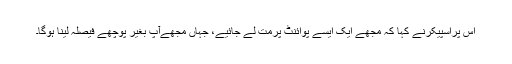
اس پراسپیکرنے کہا کہ مجھے ایک ایسے پوائنٹ پرمت لے جائیے، جہاں مجھےآپ بغیر پوچھے فیصلہ لینا ہوگا۔